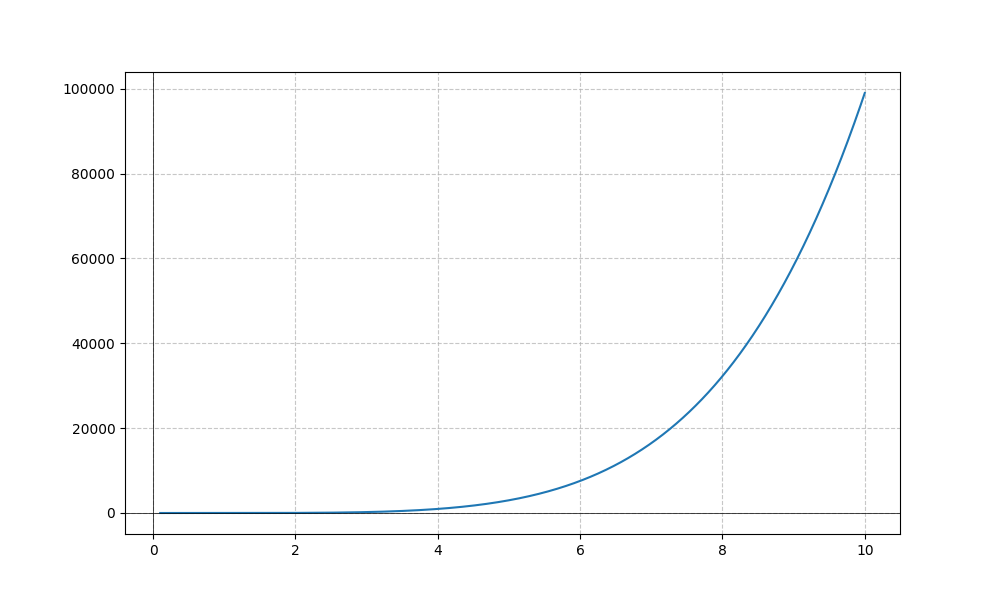
LaTeX formula: x^{5} - x^{3}